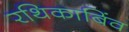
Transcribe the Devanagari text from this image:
रथिकाबिंव